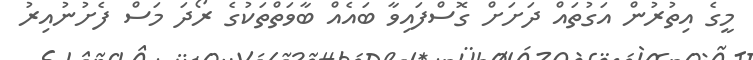
މީގެ އިތުރުން އަގުތައް ދަށަށް ގޮސްފައިވާ ބައެއް ބާވަތްތަކުގެ ރޯދަ މަސް ފެށުނުއިރު